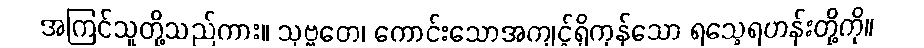
အကြင်သူတို့သည်ကား။ သုဗ္ဗတေ၊ ကောင်းသောအကျင့်ရှိကုန်သော ရသေ့ရဟန်းတို့ကို။